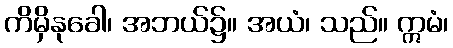
ကိမှိနုခေါ၊ အဘယ်၌။ အယံ၊ သည်။ ဣမံ၊